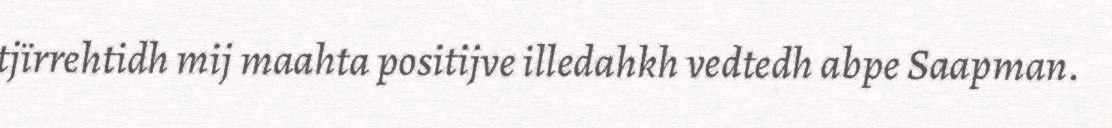
tjïrrehtidh mij maahta positijve illedahkh vedtedh abpe Saapman.